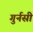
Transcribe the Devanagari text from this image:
गुर्नसी